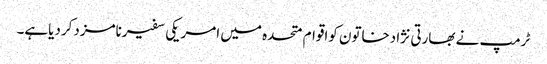
ٹرمپ نے بھارتی نژادخاتون کواقوام متحدہ میں امریکی سفیرنامزدکردیاہے۔